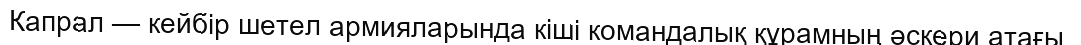
Капрал — кейбір шетел армияларында кіші командалық құрамның әскери атағы.